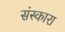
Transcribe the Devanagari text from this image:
संस्कारा